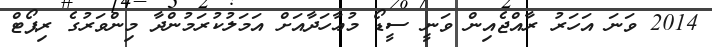
2014 ވަނަ އަހަރު ރާއްޖެއިން ވަނީ ސީޑޯ މުޢާހަދާއަށް އަމަލުކުރަމުންދާ މިންވަރުގެ ރިޕޯޓް